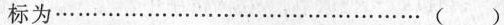
标为……()